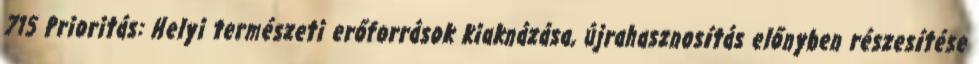
715 Prioritás: Helyi természeti erőforrások kiaknázása, újrahasznosítás előnyben részesítése